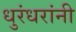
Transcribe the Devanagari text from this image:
धुरंधरांनी